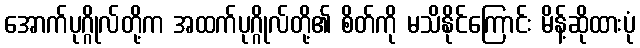
အောက်ပုဂ္ဂိုလ်တို့က အထက်ပုဂ္ဂိုလ်တို့၏ စိတ်ကို မသိနိုင်ကြောင်း မိန့်ဆိုထားပုံ